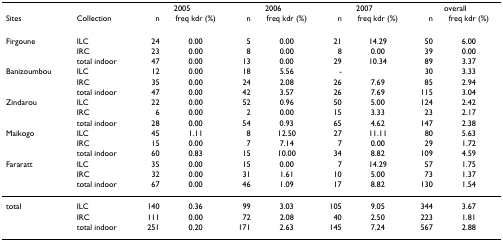
<table><thead><tr><td></td><td></td><td colspan="2"><b>2005</b></td><td colspan="2"><b>2006</b></td><td colspan="2"><b>2007</b></td><td colspan="2"><b>overall</b></td></tr><tr><td><b>Sites</b></td><td><b>Collection</b></td><td><b>n</b></td><td><b>freq kdr (%)</b></td><td><b>n</b></td><td><b>freq kdr (%)</b></td><td><b>n</b></td><td><b>freq kdr (%)</b></td><td><b>n</b></td><td><b>freq kdr (%)</b></td></tr></thead><tbody><tr><td>Firgoune</td><td>ILC</td><td>24</td><td>0.00</td><td>5</td><td>0.00</td><td>21</td><td>14.29</td><td>50</td><td>6.00</td></tr><tr><td></td><td>IRC</td><td>23</td><td>0.00</td><td>8</td><td>0.00</td><td>8</td><td>0.00</td><td>39</td><td>0.00</td></tr><tr><td></td><td>total indoor</td><td>47</td><td>0.00</td><td>13</td><td>0.00</td><td>29</td><td>10.34</td><td>89</td><td>3.37</td></tr><tr><td>Banizoumbou</td><td>ILC</td><td>12</td><td>0.00</td><td>18</td><td>5.56</td><td>-</td><td></td><td>30</td><td>3.33</td></tr><tr><td></td><td>IRC</td><td>35</td><td>0.00</td><td>24</td><td>2.08</td><td>26</td><td>7.69</td><td>85</td><td>2.94</td></tr><tr><td></td><td>total indoor</td><td>47</td><td>0.00</td><td>42</td><td>3.57</td><td>26</td><td>7.69</td><td>115</td><td>3.04</td></tr><tr><td>Zindarou</td><td>ILC</td><td>22</td><td>0.00</td><td>52</td><td>0.96</td><td>50</td><td>5.00</td><td>124</td><td>2.42</td></tr><tr><td></td><td>IRC</td><td>6</td><td>0.00</td><td>2</td><td>0.00</td><td>15</td><td>3.33</td><td>23</td><td>2.17</td></tr><tr><td></td><td>total indoor</td><td>28</td><td>0.00</td><td>54</td><td>0.93</td><td>65</td><td>4.62</td><td>147</td><td>2.38</td></tr><tr><td>Maikogo</td><td>ILC</td><td>45</td><td>1.11</td><td>8</td><td>12.50</td><td>27</td><td>11.11</td><td>80</td><td>5.63</td></tr><tr><td></td><td>IRC</td><td>15</td><td>0.00</td><td>7</td><td>7.14</td><td>7</td><td>0.00</td><td>29</td><td>1.72</td></tr><tr><td></td><td>total indoor</td><td>60</td><td>0.83</td><td>15</td><td>10.00</td><td>34</td><td>8.82</td><td>109</td><td>4.59</td></tr><tr><td>Fararatt</td><td>ILC</td><td>35</td><td>0.00</td><td>15</td><td>0.00</td><td>7</td><td>14.29</td><td>57</td><td>1.75</td></tr><tr><td></td><td>IRC</td><td>32</td><td>0.00</td><td>31</td><td>1.61</td><td>10</td><td>5.00</td><td>73</td><td>1.37</td></tr><tr><td></td><td>total indoor</td><td>67</td><td>0.00</td><td>46</td><td>1.09</td><td>17</td><td>8.82</td><td>130</td><td>1.54</td></tr><tr><td>total</td><td>ILC</td><td>140</td><td>0.36</td><td>99</td><td>3.03</td><td>105</td><td>9.05</td><td>344</td><td>3.67</td></tr><tr><td></td><td>IRC</td><td>111</td><td>0.00</td><td>72</td><td>2.08</td><td>40</td><td>2.50</td><td>223</td><td>1.81</td></tr><tr><td></td><td>total indoor</td><td>251</td><td>0.20</td><td>171</td><td>2.63</td><td>145</td><td>7.24</td><td>567</td><td>2.88</td></tr></tbody></table>